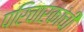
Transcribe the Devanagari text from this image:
परिचारकांची